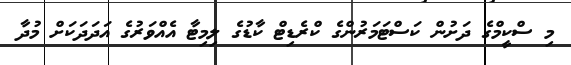
މި ސްކީމްގެ ދަށުން ކަސްޓަމަރުންގެ ކްރެޑިޓް ކާޑުގެ ލިމިޓާ އެއްވަރުގެ އަދަދަކަށް މުދާ